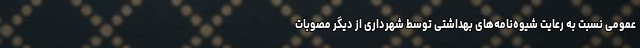
عمومی نسبت به رعایت شیوه‌نامه‌های بهداشتی توسط شهرداری از دیگر مصوبات